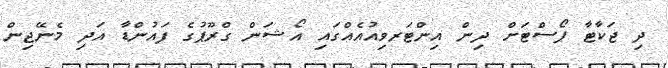
ދި ޖަކާޓާ ޕޯސްޓަށް ދިން އިންޓަރވިއުއެއްގައި އޯޝަން ގްރޫޕުގެ ފައުންޑާ އަދި މެނޭޖިން